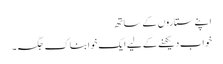
اپنے ستاروں کے ساتھ
خواب دیکھنے کے لیے ایک خوابناک جگہ۔